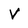
Character: V